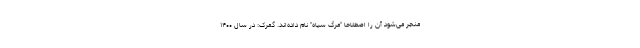
منجر می‌شود آن را اصطلاحا "مرگ سیاه" نام داده‌اند. گمرک: در سال ۱۴۰۰